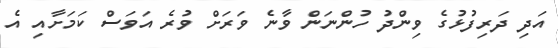
އަދި ދަރިފުޅުގެ ވިންދު ހުންނަން ވާނެ ވަރަށް ވުރެ އަވަސް ކަމަށާއި އެ